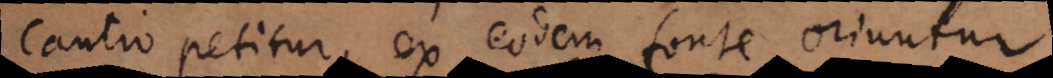
cautio petitur, ex eodem fonte oriuntur